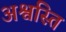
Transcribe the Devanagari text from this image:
अश्वस्ति